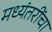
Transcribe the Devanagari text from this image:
मध्यंतरींचा